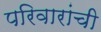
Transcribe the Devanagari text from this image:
परिवारांची